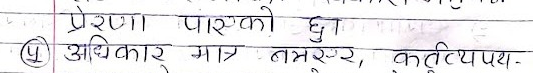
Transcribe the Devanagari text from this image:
प्रेरणा, पाएको छु।
अधिकार मात्र तनसुर, कर्तृपथ -